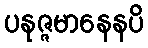
ပနုဇ္ဇမာနေနပိ